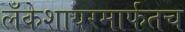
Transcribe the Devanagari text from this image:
लँकेशायरमार्फतच